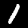
Digit: 1